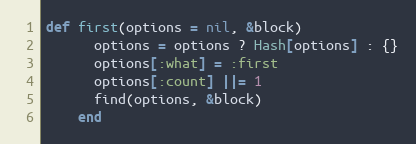
Language: Ruby
def first(options = nil, &block)
      options = options ? Hash[options] : {}
      options[:what] = :first
      options[:count] ||= 1
      find(options, &block)
    end